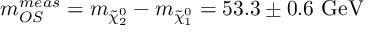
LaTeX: m _ { O S } ^ { m e a s } = m _ { \tilde { \chi } _ { 2 } ^ { 0 } } - m _ { \tilde { \chi } _ { 1 } ^ { 0 } } = 5 3 . 3 \pm 0 . 6 \mathrm { \ G e V }